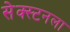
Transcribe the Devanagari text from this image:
सेक्स्टनला